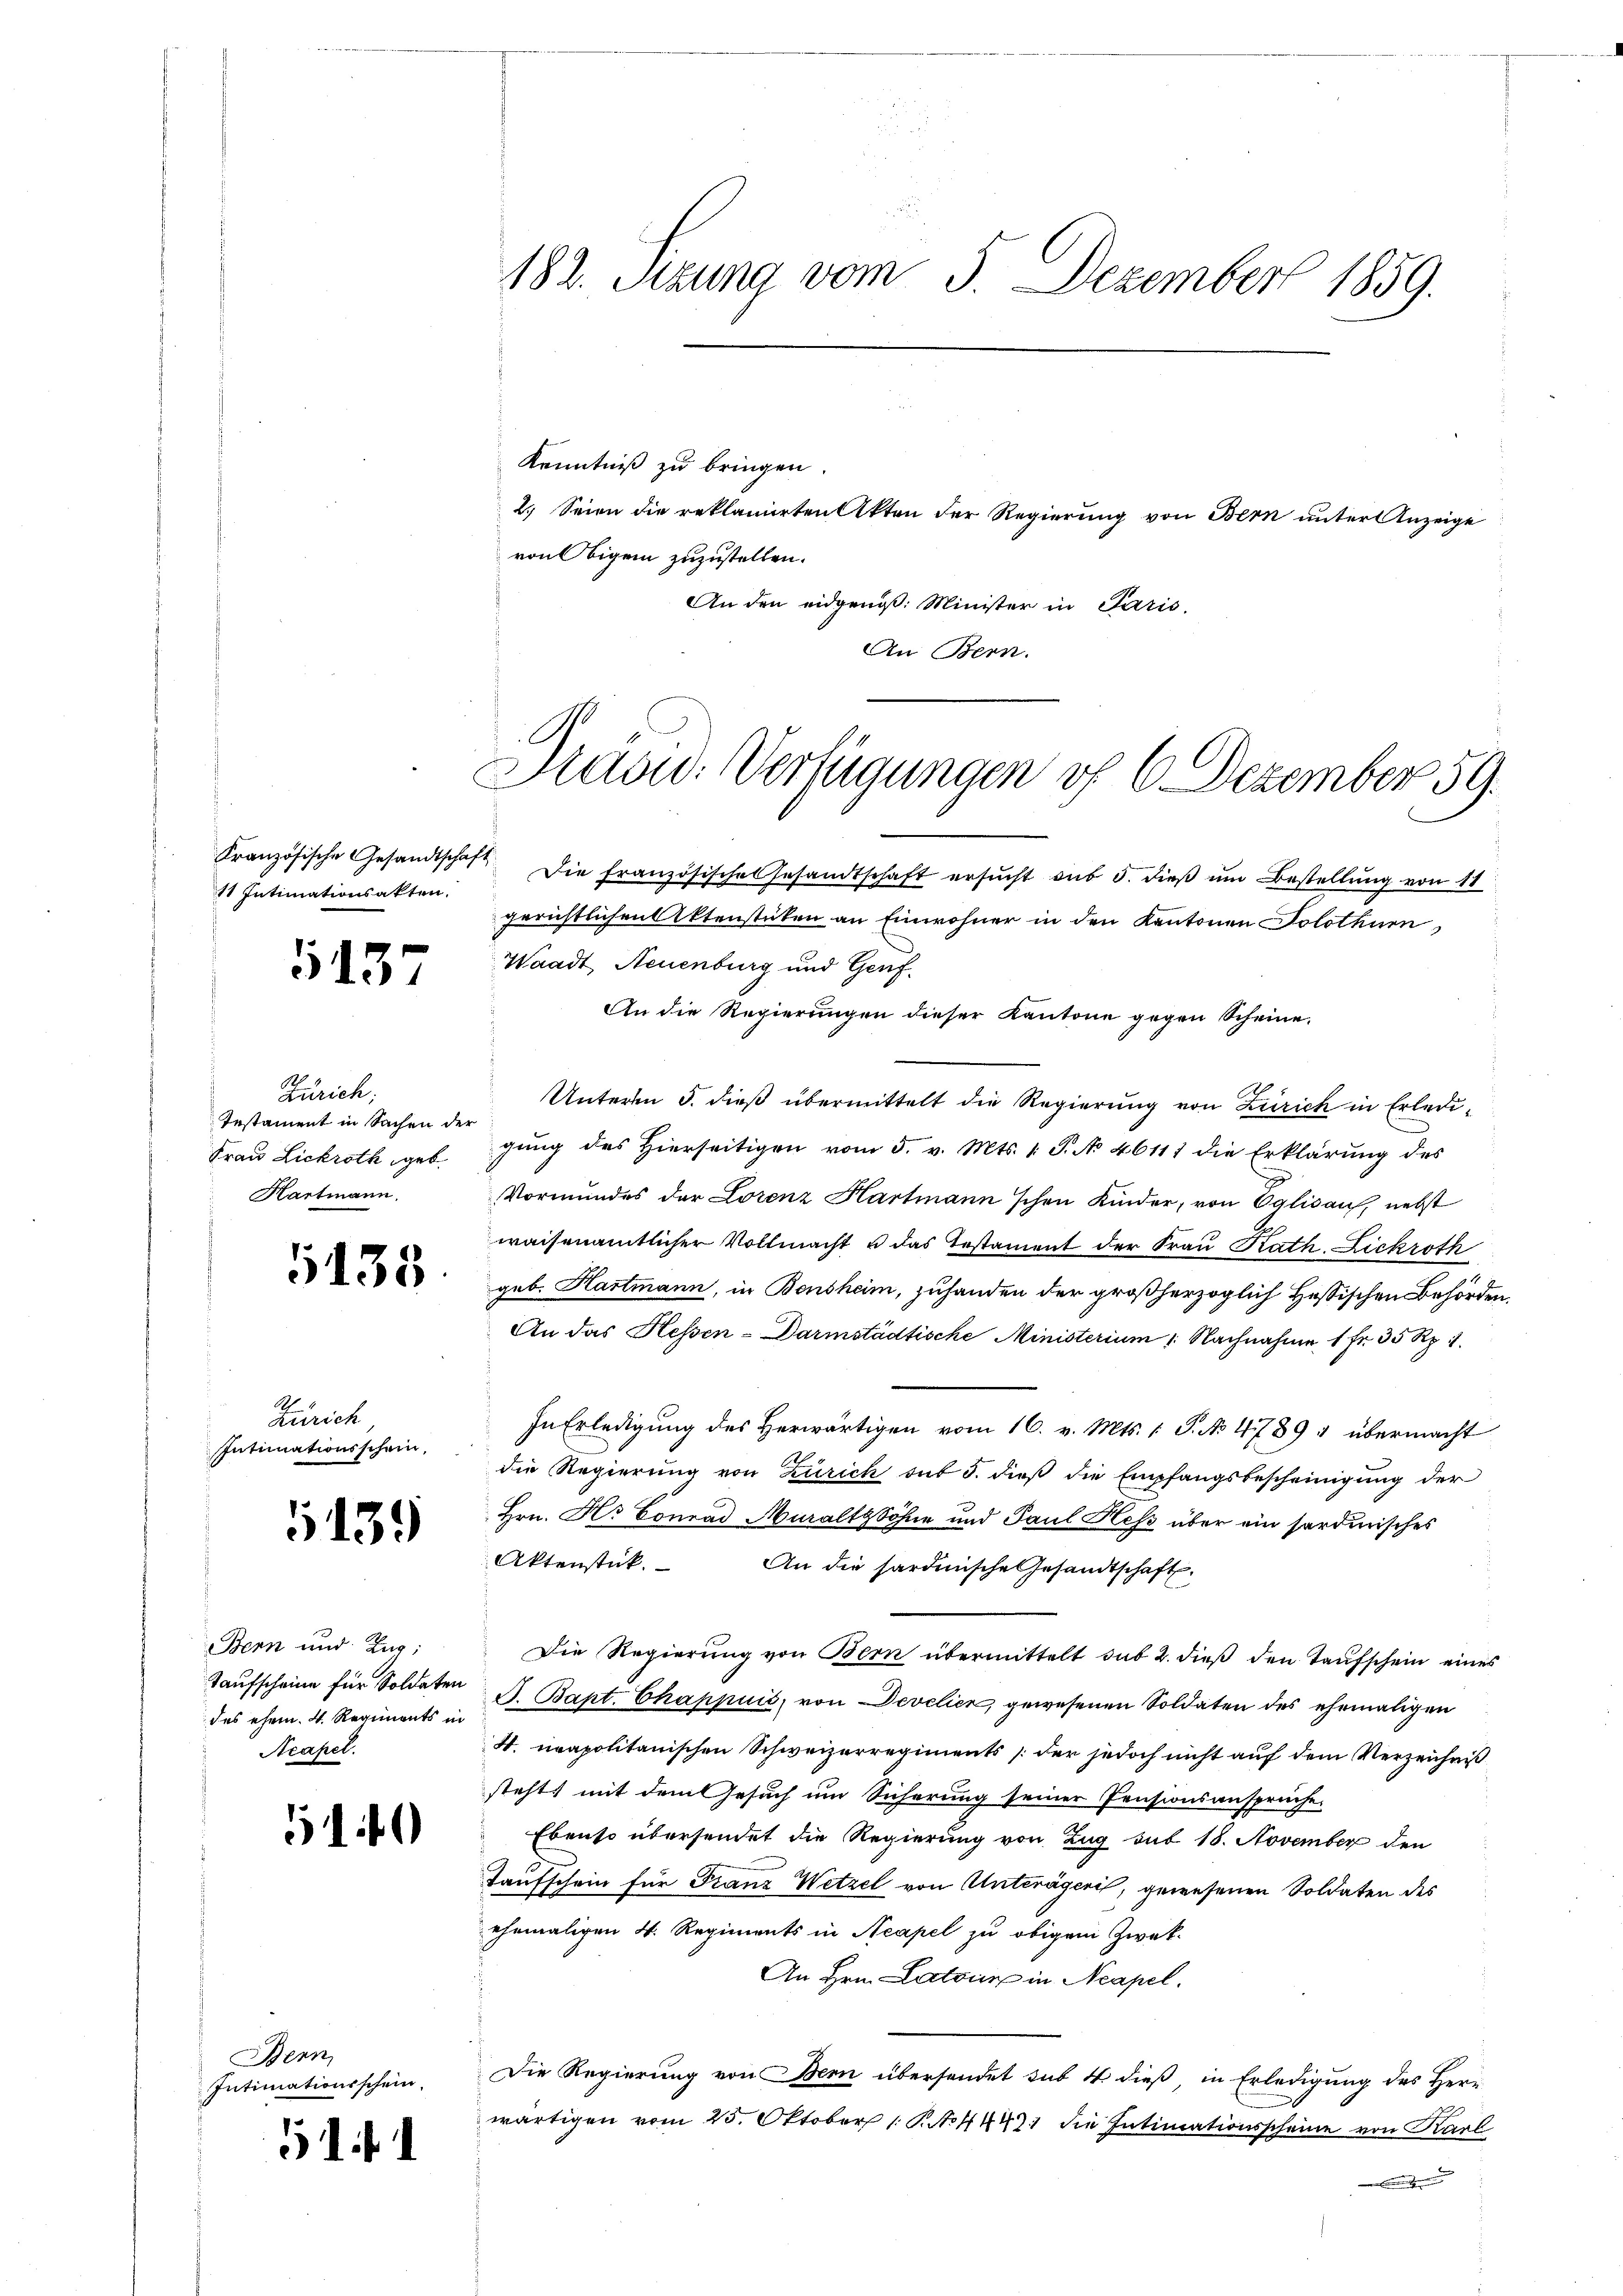
11 Intimationsakten.

5137

Zürich;
Instament in Sachen der
Frau Lickroth geb.
Hartmann.

1138

Zürich
Intimationsschein,

G139

Bern und Zug;
Taufscheine für Soldaten
des ehem. 4. Regiments in
Acapel.

5140

Bern
Intimationsschein.

511

182. Sizung vom 5. Dezember 1859.

Kenntniß zu bringen.
von Obigen zuzustellen.
An Bern.

Präsid. Verfügungen vf 6 Dezember 59.

2.) Seien die reklamirten Akten der Regierung von Bern unter Anzeige
An den eidgenoß: Minister in Paris.

Kranzösische Gesandtschaft die französische Gesandtschaft ersŭcht aŭs 5. dieβ ŭm Bestellŭng von 11
gerichtlichen Aktenstüken an Einwohner in den Kantonen Solothurn,
Waadt, Neuenburg und Genf.
An die Regierungen dieser Kantone gegen Scheine.
Unteren 5. dieß übermittelt die Regierung von Zürich in Erledigung des Hierseitigen vom 5. v. Mts. 1. P. No 46111 die Erklärung des
Vormundes der Lorenz Hartmann'schen Kinder, von Eglisau, nebst
waisenamtlicher Vollmacht u das Testament der Frau Rath, Lickroth
geb. Hartmann, in Bensheim, zuhanden der großherzoglich Hessischen Behörden,
An das Hessen-Darmstädtische Ministerium 1 Nachnahme 1 Fr. 35 Rp. 1.
In Erledigung des Herwärtigen vom 16. v. Mts. 1. P. No 4789 u übermacht
die Regierung von Zürich sub 5. dieß die Empfangsbescheinigung der
Hrn. Hs. Conrad Muraltgsöhne und Paul Heß über ein sordinisches
Aktenstück.
An die hardinische Gesandtschaft.
Die Regierung von Bern übermittelt sub 2. dieß den Taufschein eines
J. Bapt. Chappuis, von Develier, gewesenen Soldaten des ehemaligen
S. neapolitanischen Schweizerregiments (der jedoch nicht auf dem Verzeichniß
stehts mit dem Gesuch um Sicherung seiner Pensionsansprüche
Ebenso übersendet die Regierung von Zug sub 18. November den
Taufschein für Franz Wetzel von Unterägeris, gewesenen Soldaten des
ehemaligen 4. Regiments in Neapel zu obigem Zwek-
An Hrn. Latoir in Neapel.
Die Regierung von Bern übersendet sub 4 dieß, in Erledigung des Herr
wärtigen vom 25. Oktober 1 P. No 44471 die Intimationsscheine von Karl